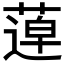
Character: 𦹢